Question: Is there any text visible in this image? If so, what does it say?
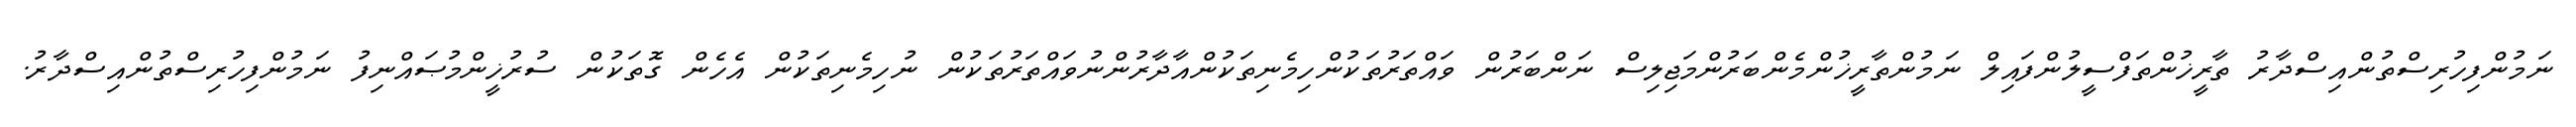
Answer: ނަމުންފިހުރިސްތުންއިސްދާރު ތާރީޚުންތަފްސީލުންފައިލް ނަމުންތާރީޚުންމެންބަރުންމަޖިލިސް ނަންބަރުން ވައްތަރުތަކުންހިމެނިތަކުންއާދާރުންނުވައްތަރުތަކުން ނުހިމެނިތަކުން އެހެން ގޮތަކުން ސުރުޚީންމުޞައްނިފު ނަމުންފިހުރިސްތުންއިސްދާރު.